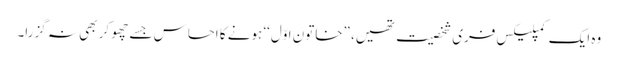
وہ ایک کمپلیکس فری شخصیت تھیں، ”خاتونِ اوّل‘‘ ہونے کا احساس جسے چھو کر بھی نہ گزرا۔